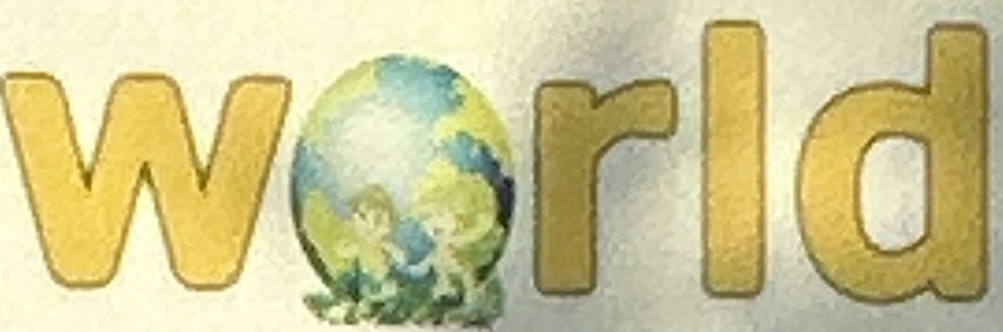
World